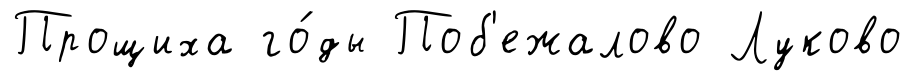
Прощиха го́ды Поб'ежалово Луково